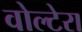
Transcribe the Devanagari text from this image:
वोल्टेरा